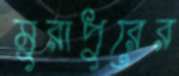
মুরাপুরের